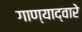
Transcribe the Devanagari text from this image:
गाण्याद्वारे